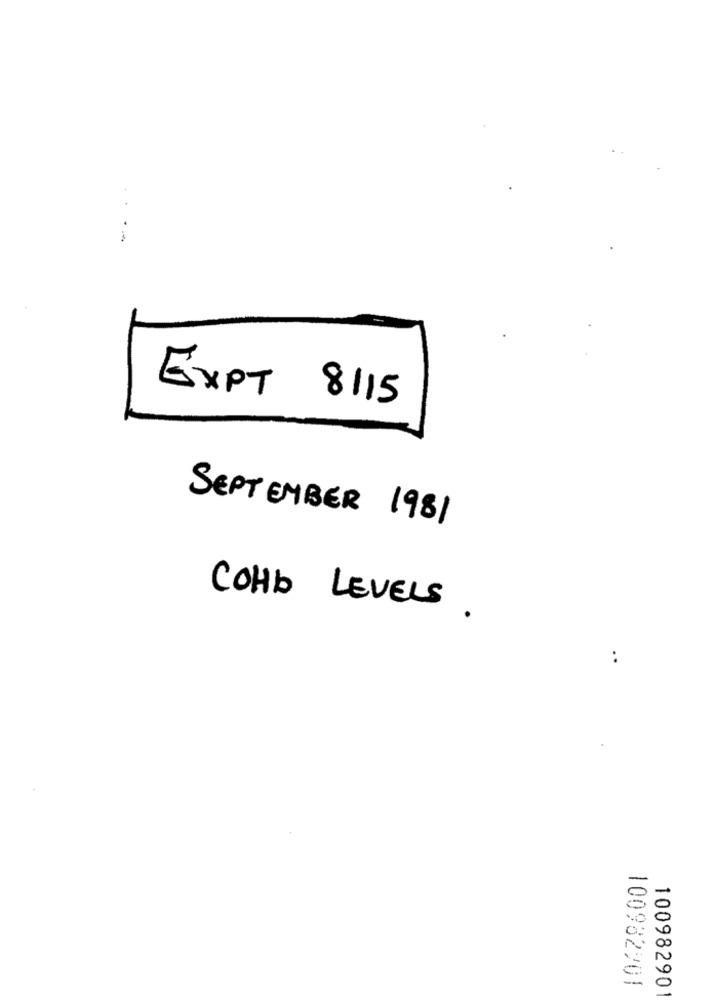
EXPT 8115
SEPTEMBER 1981
COHb LEVELS .
..
100982201
100982901